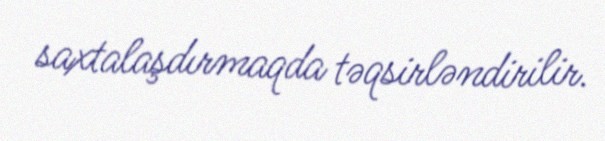
saxtalaşdırmaqda təqsirləndirilir.